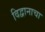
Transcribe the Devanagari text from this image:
विद्वानाचा